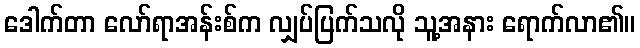
ဒေါက်တာ လော်ရာအန်းစ်က လျှပ်ပြက်သလို သူ့အနား ရောက်လာ၏။